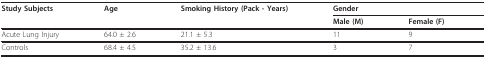
| Study Subjects | Age | Smoking History (Pack - Years) | <COLSPAN=2> Gender |
 |  |  |  | Male (M) | Female (F) |
 | --- | --- | --- | --- | --- |
 | Acute Lung Injury | 64.0 ± 2.6 | 21.1 ± 5.3 | 11 | 9 |
 | Controls | 68.4 ± 4.5 | 35.2 ± 13.6 | 3 | 7 |